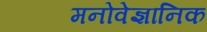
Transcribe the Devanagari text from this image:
मनोवेज्ञानिक